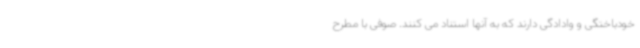
خودباختگی و وادادگی دارند که به آنها استناد می کنند. صوفی با مطرح